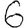
Digit: 6